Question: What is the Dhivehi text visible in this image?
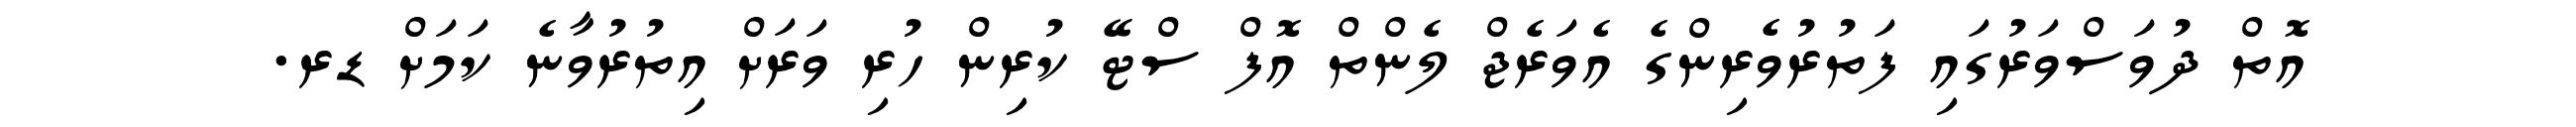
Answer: އޮތް ދުވަސްވަރުގައި ފަތުރުވެރިންގެ އެވަރެޖް ލެންތް އޮފް ސްޓޭ ކުރިން ހުރި ވަރަށް އިތުރުވާނެ ކަމަށް ޑރ.